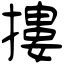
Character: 摟